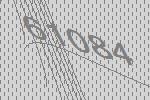
61084